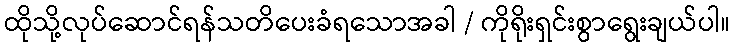
ထိုသို့လုပ်ဆောင်ရန်သတိပေးခံရသောအခါ / ကိုရိုးရှင်းစွာရွေးချယ်ပါ။